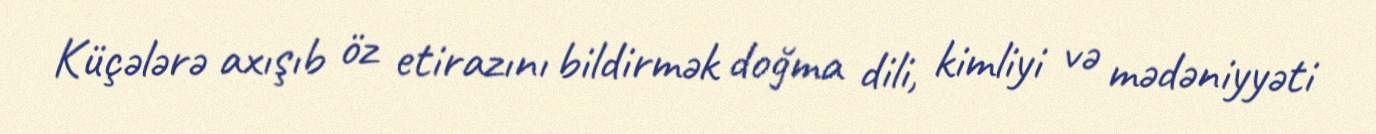
Küçələrə axışıb öz etirazını bildirmək doğma dili, kimliyi və mədəniyyəti